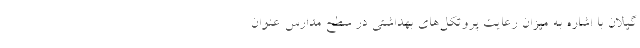
گیلان با اشاره به میزان رعایت پروتکل‌های بهداشتی در سطح مدارس عنوان